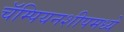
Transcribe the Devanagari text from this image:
चॅम्पियनशीपमध्ये